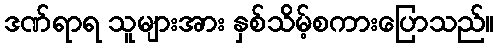
ဒဏ်ရာရ သူများအား နှစ်သိမ့်စကားပြောသည်။